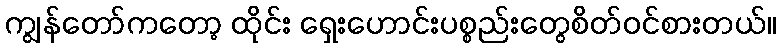
ကျွန်တော်ကတော့ ထိုင်း ရှေးဟောင်းပစ္စည်းတွေစိတ်ဝင်စားတယ်။